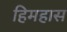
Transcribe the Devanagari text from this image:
हिमहास